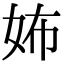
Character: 㚴